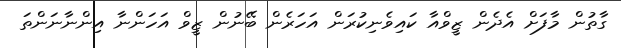
ގާތުން މާފަށް އެދެން ޒީވްއާ ކައިވެނިކުރަން އަހަރެން ބޭނުން ޒީވް އަހަންނާ އިންނާނަންތަ